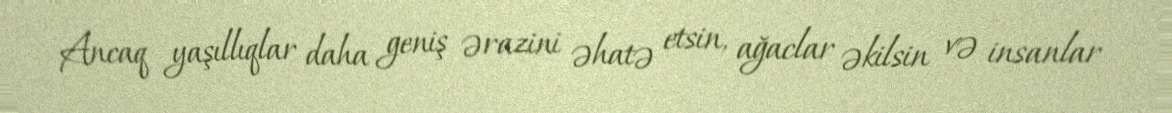
Ancaq yaşıllıqlar daha geniş ərazini əhatə etsin, ağaclar əkilsin və insanlar